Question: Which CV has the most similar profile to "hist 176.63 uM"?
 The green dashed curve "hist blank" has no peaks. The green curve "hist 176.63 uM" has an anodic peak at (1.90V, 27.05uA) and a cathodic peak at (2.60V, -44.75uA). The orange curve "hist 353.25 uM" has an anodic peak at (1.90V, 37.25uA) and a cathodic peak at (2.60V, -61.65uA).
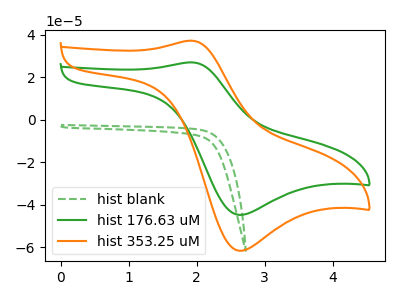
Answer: <think>"hist blank" and "hist 176.63 uM" have a different number of peaks. "hist blank" and "hist 353.25 uM" have a different number of peaks. All the peaks in "hist 176.63 uM" have a peak in "hist 353.25 uM" at the same potential. Every peak in "hist 176.63 uM" is lower than every peak in "hist 353.25 uM".
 </think>
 <answer>The CV with the most similar shape to "hist 353.25 uM" is "hist 176.63 uM".</answer>
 <eval>"hist 176.63 uM"</eval>